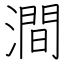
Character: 澗